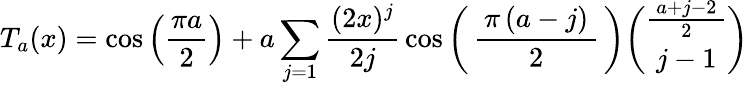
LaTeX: T_{a}(x)=\cos\left({\frac{\pi a}{2}}\right)+a\sum_{j=1}{\frac{(2x)^{j}}{2j}}\cos\left(\, {\frac{\, \pi\, (a-j)\, }{2}}\, \right){\binom{\frac{\, a+j-2\, }{2}}{j-1}}